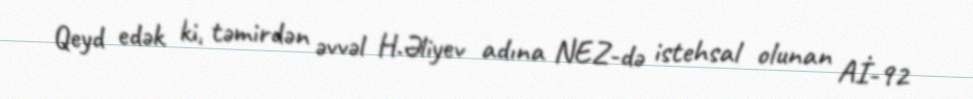
Qeyd edək ki, təmirdən əvvəl H.Əliyev adına NEZ-də istehsal olunan Aİ-92